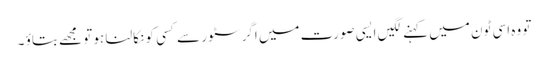
تو وہ اسی ٹون میں کہنے لگیں ایسی صورت میں اگر سٹور سے کسی کو نکالنا ہو تو مجھے بتاؤ ۔